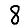
Digit: 8